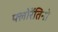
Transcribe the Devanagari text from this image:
फ्लोरेंतिनो